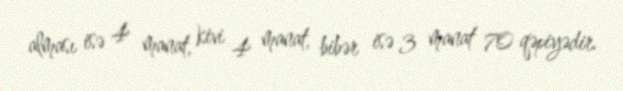
alması isə 4 manat, kivi 4 manat, bibər isə 3 manat 70 qəpiyədir.